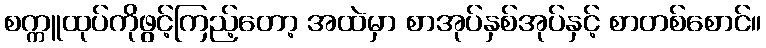
စက္ကူထုပ်ကိုဖွင့်ကြည့်တော့ အထဲမှာ စာအုပ်နှစ်အုပ်နှင့် စာတစ်စောင်။